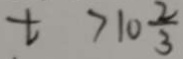
t > 1 0 \frac { 2 } { 3 }